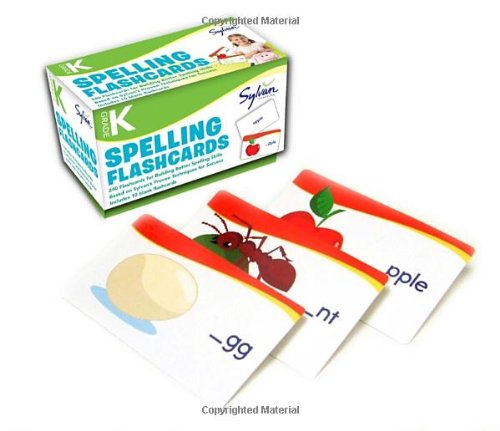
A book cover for Kindergarten Spelling Flashcards (Flashcards Language Arts); Sylvan Learning; Reference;